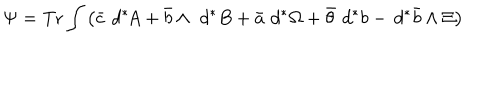
LaTeX: \Psi = \mathrm { T r } \int \left( \bar { c } \, \, d ^ { \ast } \! \! \, A + \bar { b } \wedge \, \, d ^ { \ast } \, \! B + \bar { a } \, \, d ^ { \ast } \! \, \Omega + \bar { \theta } \, \, d ^ { \ast } \, \! b - \, d ^ { \ast } \, \! \bar { b } \wedge \Xi \right)